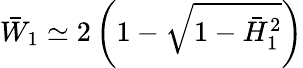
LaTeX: \bar{W}_{1}\simeq 2\left(1-\sqrt{1-\bar{H}_{1}^{2}}\right)